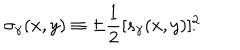
LaTeX: \sigma _ { \gamma } ( x , y ) \equiv \pm { \frac { 1 } { 2 } } [ s _ { \gamma } ( x , y ) ] _ { . } ^ { 2 }